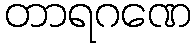
တာရဂဏေ